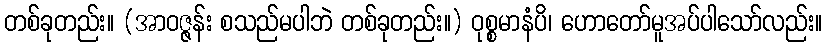
တစ်ခုတည်း။ (အာဝဇ္ဇန်း စသည်မပါဘဲ တစ်ခုတည်း။) ဝုစ္စမာနံပိ၊ ဟောတော်မူအပ်ပါသော်လည်း။